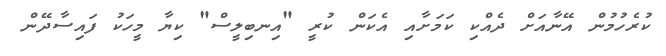
ކުރެހުމުން އޭނާއަށް ދެއްކި ކަމަށާއި އެކަން ކުރީ "އިނބިލީސް" ކިޔާ މީހަކު ފައިސާދޭން